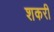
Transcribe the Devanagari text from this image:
शकरी